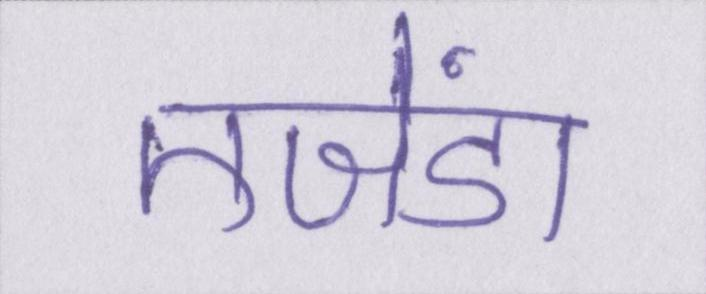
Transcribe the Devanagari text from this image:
एजेंडा